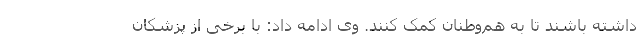
داشته باشند تا به هم‌وطنان کمک کنند. وی ادامه داد: با برخی از پزشکان